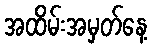
အထိမ်းအမှတ်နေ့